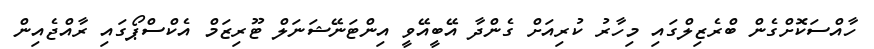
ހާއްސަކޮށްގެން ބްރެޒިލްގައި މިހާރު ކުރިއަށް ގެންދާ އޭބީއޭވީ އިންޓަނޭޝަނަލް ޓޫރިޒަމް އެކްސްޕޯގައި ރާއްޖެއިން